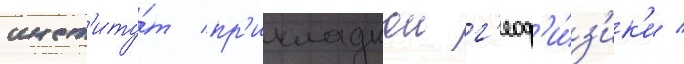
инст'иту́т пр'икладнои г'еоф'и́з'ик'и /